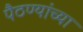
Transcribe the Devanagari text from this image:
पैठण्यांच्या